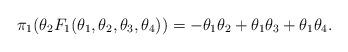
LaTeX: \begin{align*}\pi_1(\theta_2 F_{1}(\theta_1, \theta_2, \theta_3, \theta_4)) =-\theta_1 \theta_2 + \theta_1 \theta_3 + \theta_1 \theta_4.\end{align*}